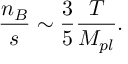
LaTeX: { \frac { n _ { B } } { s } } \sim { \frac { 3 } { 5 } } { \frac { T } { M _ { p l } } } .